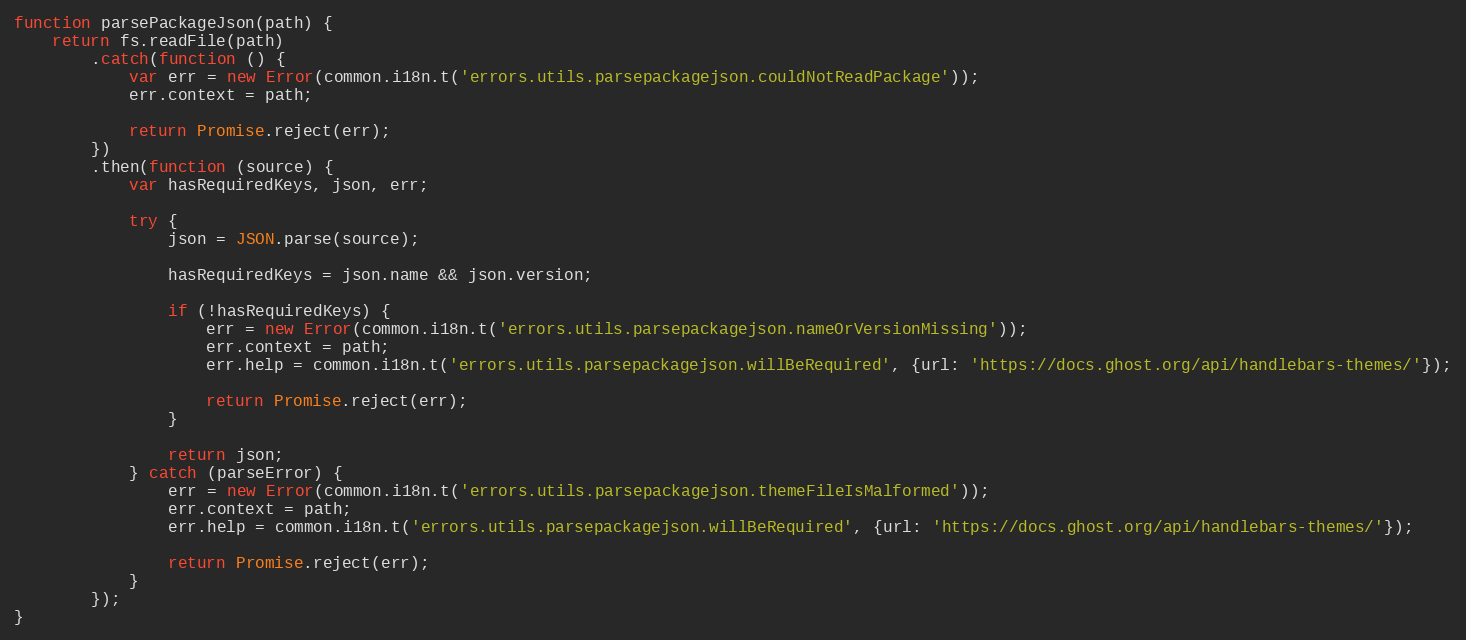
Language: JavaScript
function parsePackageJson(path) {
    return fs.readFile(path)
        .catch(function () {
            var err = new Error(common.i18n.t('errors.utils.parsepackagejson.couldNotReadPackage'));
            err.context = path;

            return Promise.reject(err);
        })
        .then(function (source) {
            var hasRequiredKeys, json, err;

            try {
                json = JSON.parse(source);

                hasRequiredKeys = json.name && json.version;

                if (!hasRequiredKeys) {
                    err = new Error(common.i18n.t('errors.utils.parsepackagejson.nameOrVersionMissing'));
                    err.context = path;
                    err.help = common.i18n.t('errors.utils.parsepackagejson.willBeRequired', {url: 'https://docs.ghost.org/api/handlebars-themes/'});

                    return Promise.reject(err);
                }

                return json;
            } catch (parseError) {
                err = new Error(common.i18n.t('errors.utils.parsepackagejson.themeFileIsMalformed'));
                err.context = path;
                err.help = common.i18n.t('errors.utils.parsepackagejson.willBeRequired', {url: 'https://docs.ghost.org/api/handlebars-themes/'});

                return Promise.reject(err);
            }
        });
}